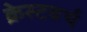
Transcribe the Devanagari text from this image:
क्रेस्टवर्थ